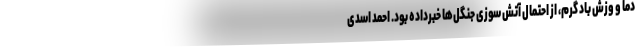
دما و وزش باد گرم، از احتمال آتش سوزی جنگل‌ها خبرداده بود. احمد اسدی